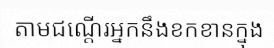
តាមជណ្តើរអ្នកនឹងខកខានក្នុង